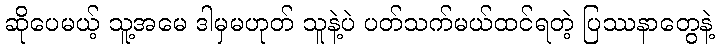
ဆိုပေမယ့် သူ့အမေ ဒါမှမဟုတ် သူနဲ့ပဲ ပတ်သက်မယ်ထင်ရတဲ့ ပြဿနာတွေနဲ့